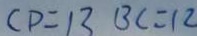
C D = 1 3 B C = 1 2